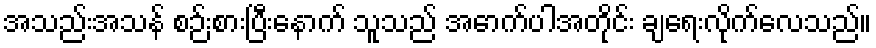
အသည်းအသန် စဉ်းစားပြီးနောက် သူသည် အောက်ပါအတိုင်း ချရေးလိုက်လေသည်။